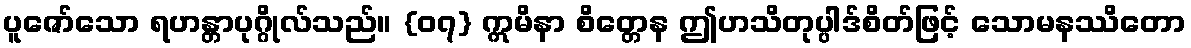
ပူဇော်သော ရဟန္တာပုဂ္ဂိုလ်သည်။ {၀၇} ဣမိနာ စိတ္တေန ဤဟသိတုပ္ပါဒ်စိတ်ဖြင့် သောမနဿိတော